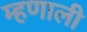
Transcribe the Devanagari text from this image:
म्‍हणाली